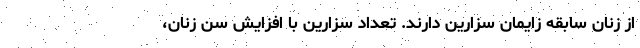
از زنان سابقه زایمان سزارین دارند. تعداد سزارین با افزایش سن زنان،